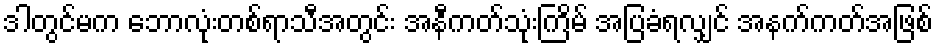
ဒါတွင်မက ဘောလုံးတစ်ရာသီအတွင်း အနီကတ်သုံးကြိမ် အပြခံရလျှင် အနက်ကတ်အဖြစ်